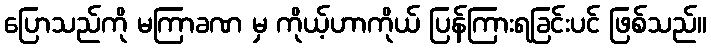
ပြောသည်ကို မကြာခဏ မှ ကိုယ့်ဟာကိုယ် ပြန်ကြားရခြင်းပင် ဖြစ်သည်။